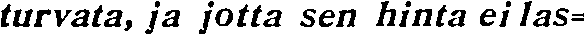
turvata, ja jotta sen hinta ei las-